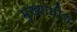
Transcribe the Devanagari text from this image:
मुख्याधीश